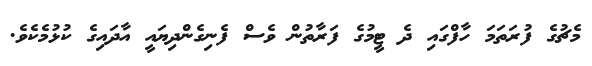
މެޗުގެ ފުރަތަމަ ހާފްގައި ދެ ޓީމުގެ ފަރާތުން ވެސް ފެނިގެންދިޔައީ އާދައިގެ ކުޅުމެކެވެ.